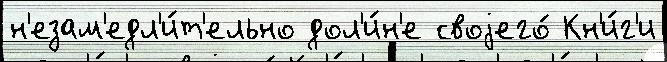
н'езам'едл'и́т'ельно дол'и́н'е своjего́ Кн'и́г'и